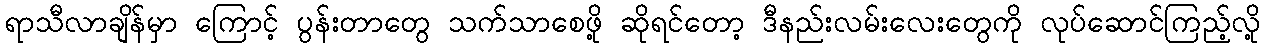
ရာသီလာချိန်မှာ ကြောင့် ပွန်းတာတွေ သက်သာစေဖို့ ဆိုရင်တော့ ဒီနည်းလမ်းလေးတွေကို လုပ်ဆောင်ကြည့်လို့